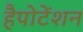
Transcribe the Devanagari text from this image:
हैपोटेंशन